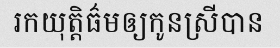
រកយុត្តិធ៌មឲ្យកូនស្រីបាន